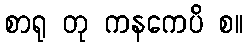
စာရု တု ကနကေပိ စ။